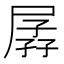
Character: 孱